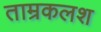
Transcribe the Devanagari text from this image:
ताम्रकलश